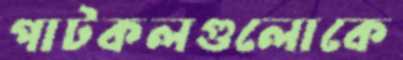
পাটকলগুলোকে